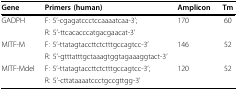
| Gene | Primers (human) | Amplicon | Tm |
 | --- | --- | --- | --- |
 | GADPH | F: 5'-cgagatccctccaaaatcaa-3'; | 170 | 60 |
 |  | R: 5'-ttcacacccatgacgaacat-3' |  |  |
 | MITF-M | F: 5'-ttatagtaccttctctttgccagtcc-3' | 146 | 52 |
 |  | R: 5'-gtttatttgctaaagtggtagaaaggtact-3' |  |  |
 | MITF-Mdel | F: 5'-ttatagtaccttctctttgccagtcc-3'; | 120 | 52 |
 |  | R: 5'-cttataaaatccctgccgttgg-3' |  |  |